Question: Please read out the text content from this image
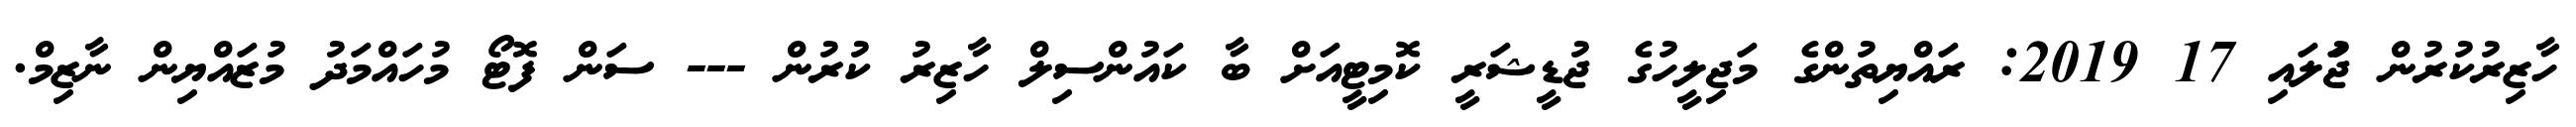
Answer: ހާޒިރުކުރުން ޖުަލައި 17 2019: ރައްޔިތުންގެ މަޖިލީހުގެ ޖުޑީޝަރީ ކޮމިޓީއަށް ބާ ކައުންސިލް ހާޒިރު ކުރުން --- ސަން ފޮޓޯ މުހައްމަދު މުޒައްޔިން ނާޒިމް.